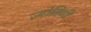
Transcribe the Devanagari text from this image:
ज्योतिणी